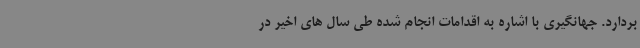
بردارد. جهانگیری با اشاره به اقدامات انجام شده طی سال های اخیر در